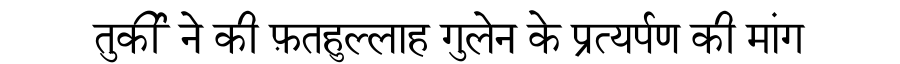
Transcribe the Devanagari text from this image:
तुर्की ने की फ़तहुल्लाह गुलेन के प्रत्यर्पण की मांग